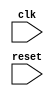
module ahb_bus_controller (
    input wire clk,
    input wire reset,
    // Add other module interface signals here
    
    // Add internal signals and registers here
    
    // Add timing control and synchronization blocks here
    
    // Add bus arbitration, data transfer sequencing, error detection/correction mechanisms here
    
);

// Define module implementation here

endmodule